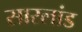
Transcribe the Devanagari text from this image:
सारलांड